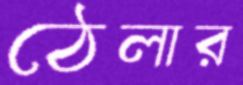
ঠেলার